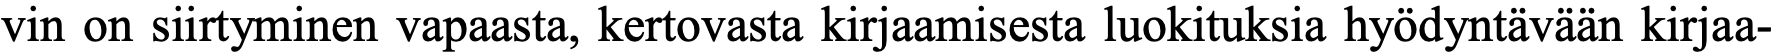
vin on siirtyminen vapaasta, kertovasta kirjaamisesta luokituksia hyödyntävään kirjaa-